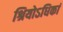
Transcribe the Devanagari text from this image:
श्रियोऽधिकां